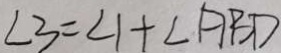
\angle 3 = \angle 1 + \angle A B D